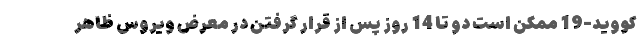
کووید-19 ممکن است دو تا 14 روز پس از قرار گرفتن در معرض ویروس ظاهر